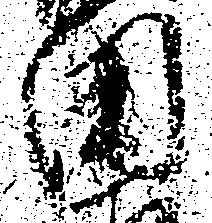
田